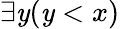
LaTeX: \exists\mathit{y}(\mathit{y}<x)